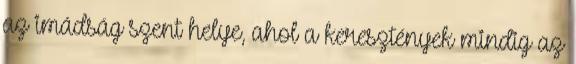
az imádság szent helye, ahol a keresztények mindig az